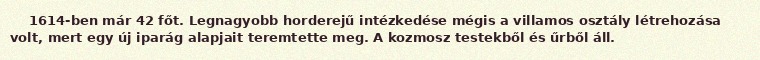
1614-ben már 42 főt. Legnagyobb horderejű intézkedése mégis a villamos osztály létrehozása volt, mert egy új iparág alapjait teremtette meg. A kozmosz testekből és űrből áll.